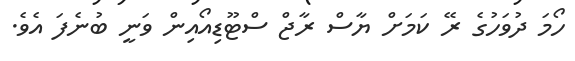
ހޯމަ ދުވަހުގެ ރޭ ކަމަށް ޔާސް ރާޖް ސްޓޫޑިއޯއިން ވަނީ ބުނެފަ އެވެ.